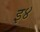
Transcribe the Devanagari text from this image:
इ४